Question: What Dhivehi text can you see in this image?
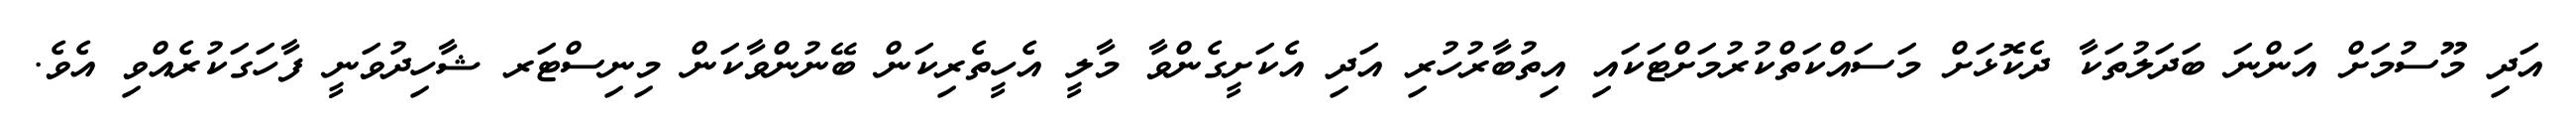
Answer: އަދި މޫސުމަށް އަންނަ ބަދަލުތަކާ ދެކޮޅަށް މަސައްކަތްކުރުމަށްޓަކައި އިތުބާރުހުރި އަދި އެކަށީގެންވާ މާލީ އެހީތެރިކަން ބޭނުންވާކަން މިނިސްޓަރ ޝާހިދުވަނީ ފާހަގަކުރެއްވި އެވެ.